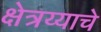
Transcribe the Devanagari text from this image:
क्षेत्रय्याचे